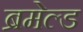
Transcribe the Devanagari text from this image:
ब्रमेल्ड